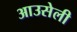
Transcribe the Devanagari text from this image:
आउसेली